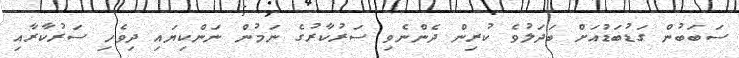
ސަބަބުން ގަޑުބަޑުއަށް ބަދަލުވެ ކުރިން ދެންނެވި ސަރުކާރުގެ ނަމުން ނަންކިޔައި ދިވެހި ސަރުކާރާއި